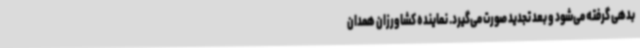
بدهی گرفته می‌شود و بعد تجدید صورت می‌گیرد. نماینده کشاورزان همدان